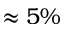
\approx 5 \%